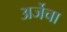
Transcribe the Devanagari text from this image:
अर्जेचा